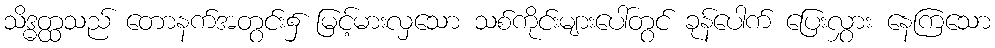
သိဒ္ဓတ္ထသည် တောနက်အတွင်း၌ မြင့်မားလှသော သစ်ကိုင်းများပေါ်တွင် ခုန်ပေါက် ပြေးလွှား နေကြသော